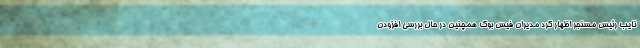
نایب رئیس مسنجر اظهار کرد مدیران فیس بوک همچنین در حال بررسی افزودن